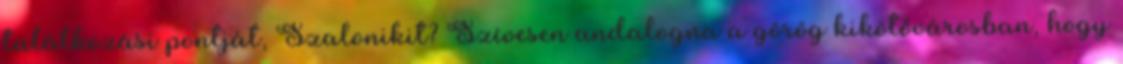
találkozási pontját, Szalonikit? Szívesen andalogna a görög kikötővárosban, hogy